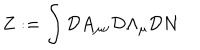
LaTeX: Z : = \int { \cal D } A _ { \mu \nu } { \cal D } \Lambda _ { \mu } { \cal D } N